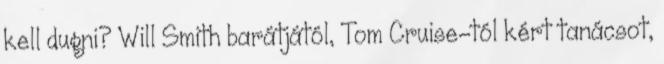
kell dugni? Will Smith barátjától, Tom Cruise-tól kért tanácsot,